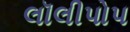
લૉલીપોપ